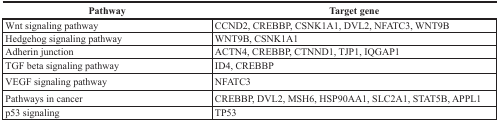
| Pathway | Target gene |
 | --- | --- |
 | Wnt signaling pathway | CCND2, CREBBP, CSNK1A1, DVL2, NFATC3, WNT9B |
 | Hedgehog signaling pathway | WNT9B, CSNK1A1 |
 | Adherin junction | ACTN4, CREBBP, CTNND1, TJP1, IQGAP1 |
 | TGF beta signaling pathway | ID4, CREBBP |
 | VEGF signaling pathway | NFATC3 |
 | Pathways in cancer | CREBBP, DVL2, MSH6, HSP90AA1, SLC2A1, STAT5B, APPL1 |
 | p53 signaling | TP53 |